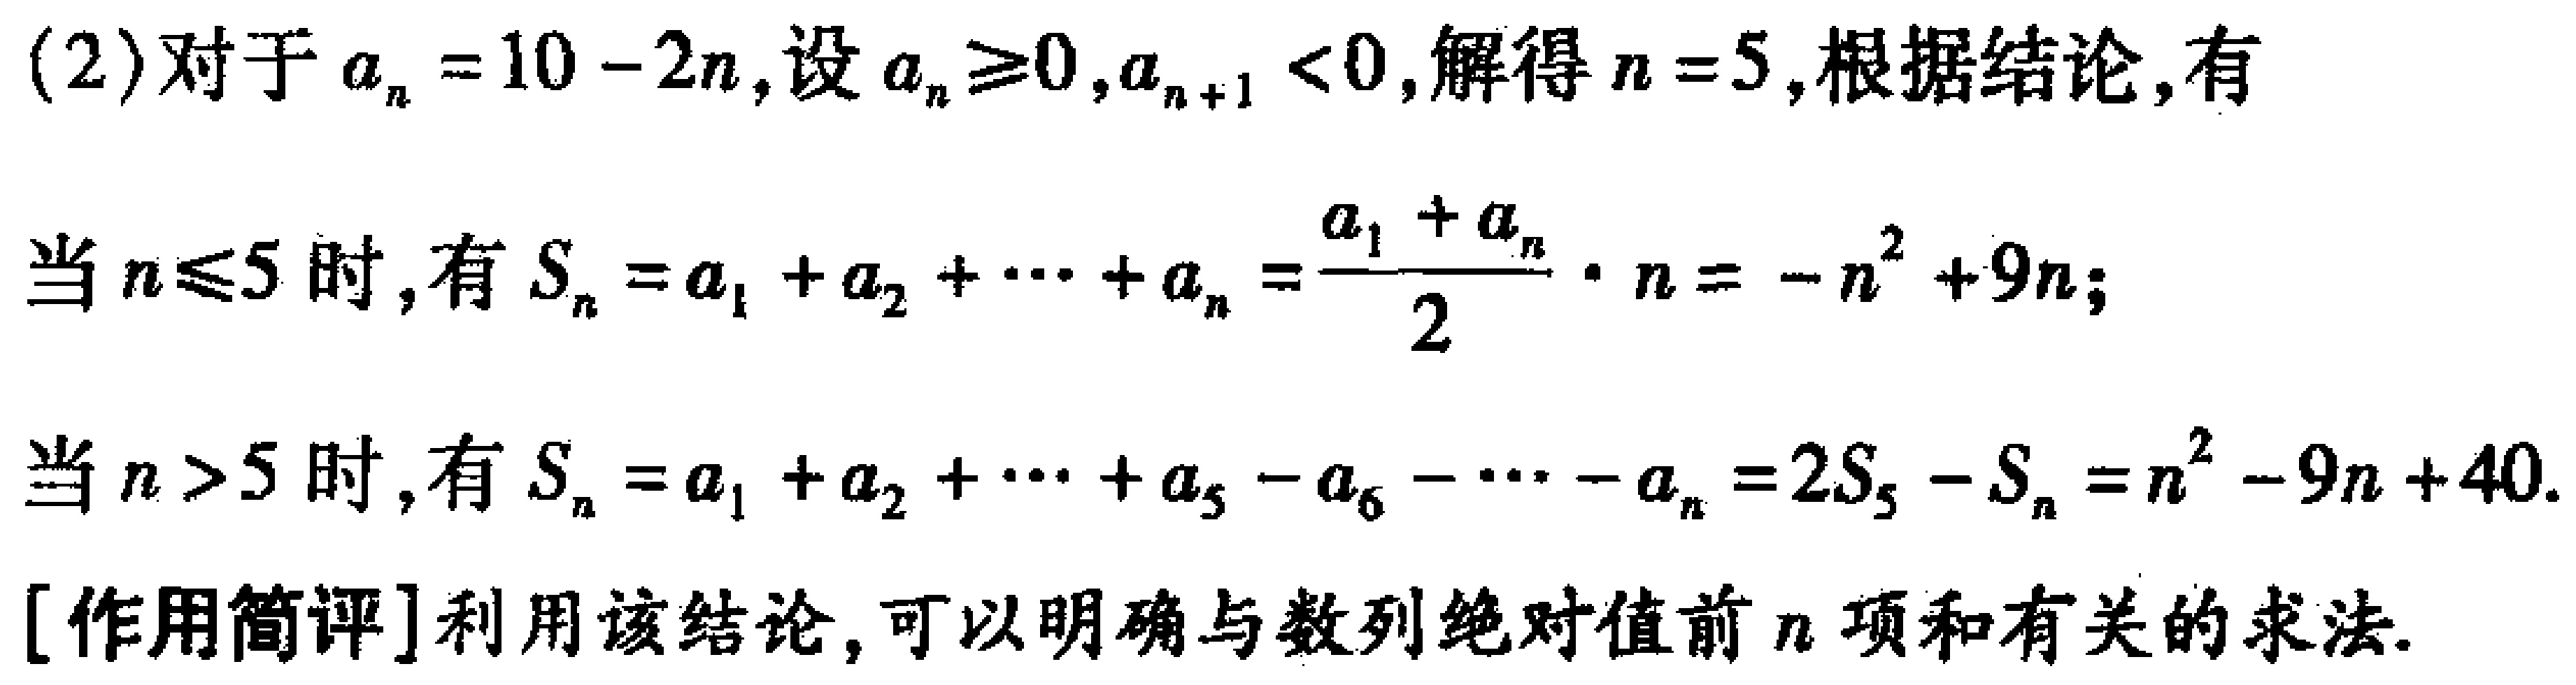
(2)对于\(a_{n}=10 - 2n\)，设\(a_{n}\geq0\)，\(a_{n + 1}<0\)，解得\(n = 5\)，根据结论，有
当\(n\leq5\)时，有\(S_{n}=a_{1}+a_{2}+\cdots +a_{n}=\frac{a_{1}+a_{n}}{2}\cdot n=-n^{2}+9n\)；
当\(n>5\)时，有\(S_{n}=a_{1}+a_{2}+\cdots +a_{5}-a_{6}-\cdots -a_{n}=2S_{5}-S_{n}=n^{2}-9n + 40\)。
[作用简评]利用该结论，可以明确与数列绝对值前\(n\)项和有关的求法。